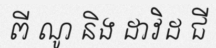
ពី ណូ និង ដាវិដ ជី